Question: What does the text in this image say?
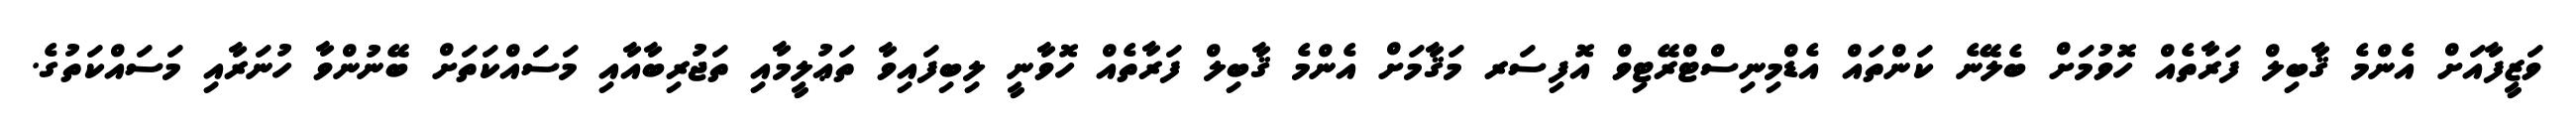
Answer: ވަޒީފާއަށް އެންމެ ޤާބިލް ފަރާތެއް ހޮވުމަށް ބެލޭނެ ކަންތައް އެޑްމިނިސްޓްރޭޓިވް އޮފިސަރ މަޤާމަށް އެންމެ ޤާބިލް ފަރާތެއް ހޮވާނީ ލިބިފައިވާ ތަޢުލީމާއި ތަޖުރިބާއާއި މަސައްކަތަށް ބޭނުންވާ ހުނަރާއި މަސައްކަތުގެ.